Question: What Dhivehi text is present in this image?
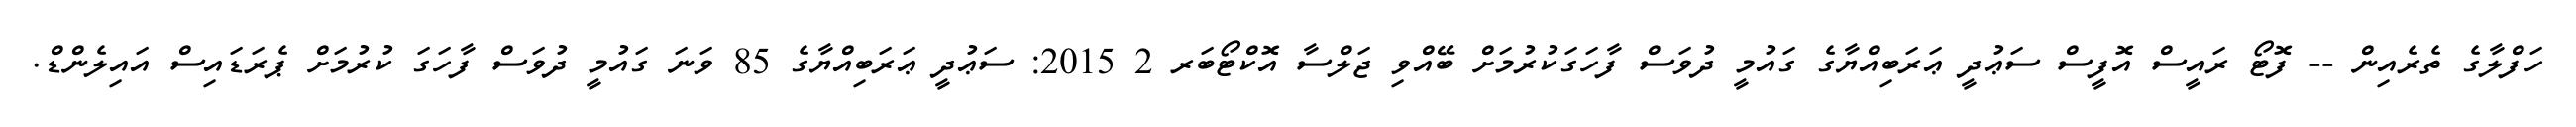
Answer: ހަފްލާގެ ތެރެއިން -- ފޮޓޯ ރައީސް އޮފީސް ސަޢުދީ ޢަރަބިއްޔާގެ ގައުމީ ދުވަސް ފާހަގަކުރުމަށް ބޭއްވި ޖަލްސާ އޮކްޓޯބަރ 2 2015: ސަޢުދީ ޢަރަބިއްޔާގެ 85 ވަނަ ގައުމީ ދުވަސް ފާހަގަ ކުރުމަށް ޕެރަޑައިސް އައިލެންޑް.